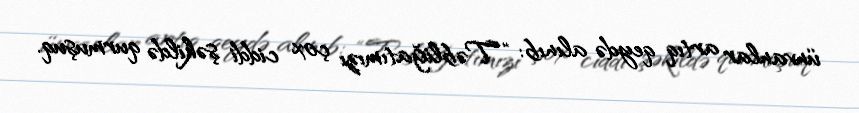
ünvanlar artıq qeydə alınıb: “Təbliğatımızı çox ciddi şəkildə qurmuşuq.